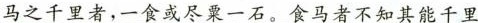
\underline{马之千里者，-食或尽粟一石。食马者不知其能千里}